Annual report of the Imperial Bacteriological Laboratory, Muktesar
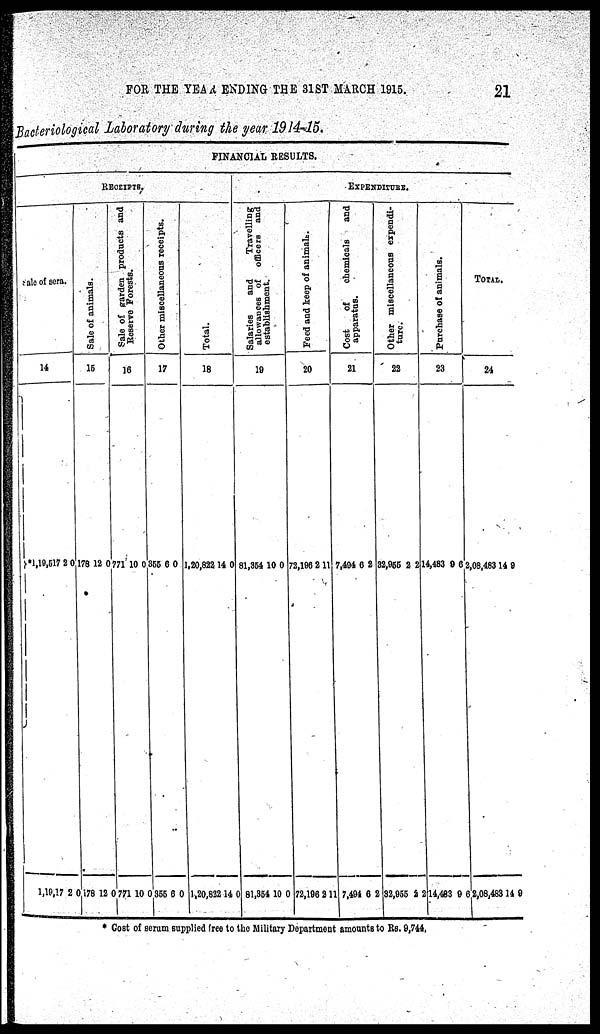
FOR THE YEAR ENDING THE 31ST MARCH 1915.
21
Bacteriological Laboratory during the year 1914-15.
Sale of sera.
14
}*1,19,517
1,19,517
2
2
0
0
Sal e of animals.
15
178
178
RECEIPTS
12
12
0
0
Sal e of garden products and
Reserve Forests.
16
771
771
10
10
0
0
FINANCIAL RESULTS.
Ot he r miscellaneous receipts.
17
355
355
6
6
0
0
Total.
18
1,20,822
1,20,822
14
14
0
0
Sal ari es and Travelling
allowances of officers and
establishment.
19
81,354
81,354
10
10
0
0
Feed and keep of animals
20
72,196
72,196
2
2
EXPENDITURE.
11
11
Cos t of chemicals and
apparatus.
21
7,494
7,494
6
6
2
2
Ot he r miscellaneous expendi-
t ure.
22
32,955
32,955
2
2
2
2
Purchase of animals.
23
14,483
14,483
9
9
6
6
TOTAL.
24
2,08,483
2,08,483
14
14
9
9
* Cost of serum supplied free to the Military Department amounts to Rs. 9,744.